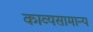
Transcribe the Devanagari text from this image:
काव्यसामान्य